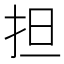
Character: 担